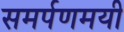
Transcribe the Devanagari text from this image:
समर्पणमयी